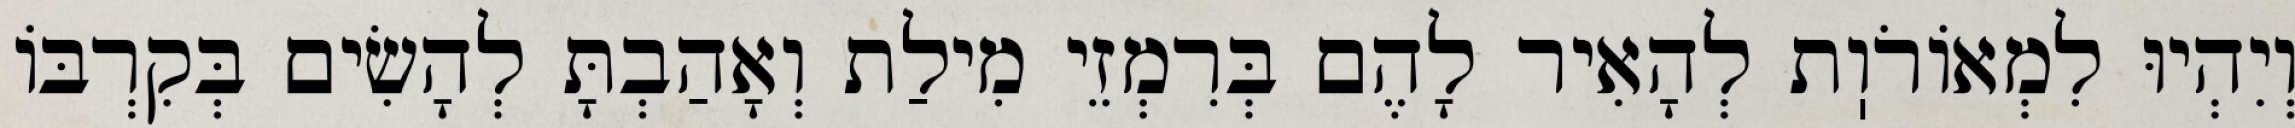
וְיִהְיוּ לִמְאוֹרֹוֽת לְהָאִיר לָהֶם בְּרִמְזֵי מִילַת וְאָהַבְתָּ לְהָשִׂים בְּקִרְבּוֹ